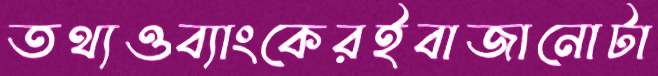
তথ্যওব্যাংকেরইবাজানোটা